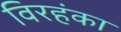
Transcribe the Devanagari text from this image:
विरहंका